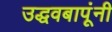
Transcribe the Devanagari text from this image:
उद्धवबापूंनी